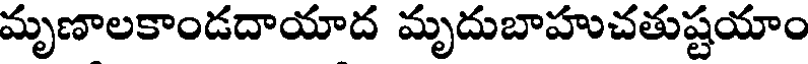
మృణాలకాండదాయాద మృదుబాహుచతుష్టయాం